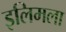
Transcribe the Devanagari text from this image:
इलिमला